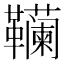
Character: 𱁾